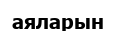
аяларын